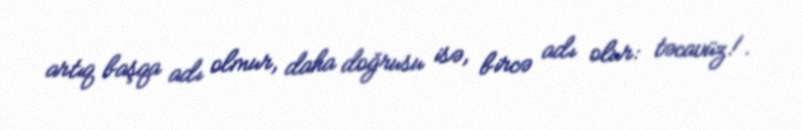
artıq başqa adı olmur, daha doğrusu isə, bircə adı olur: təcavüz!.